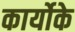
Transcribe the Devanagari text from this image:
कार्योके